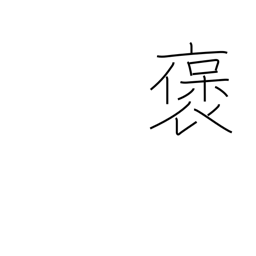
Meaning: extol